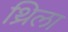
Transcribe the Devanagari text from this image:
थ्रिला